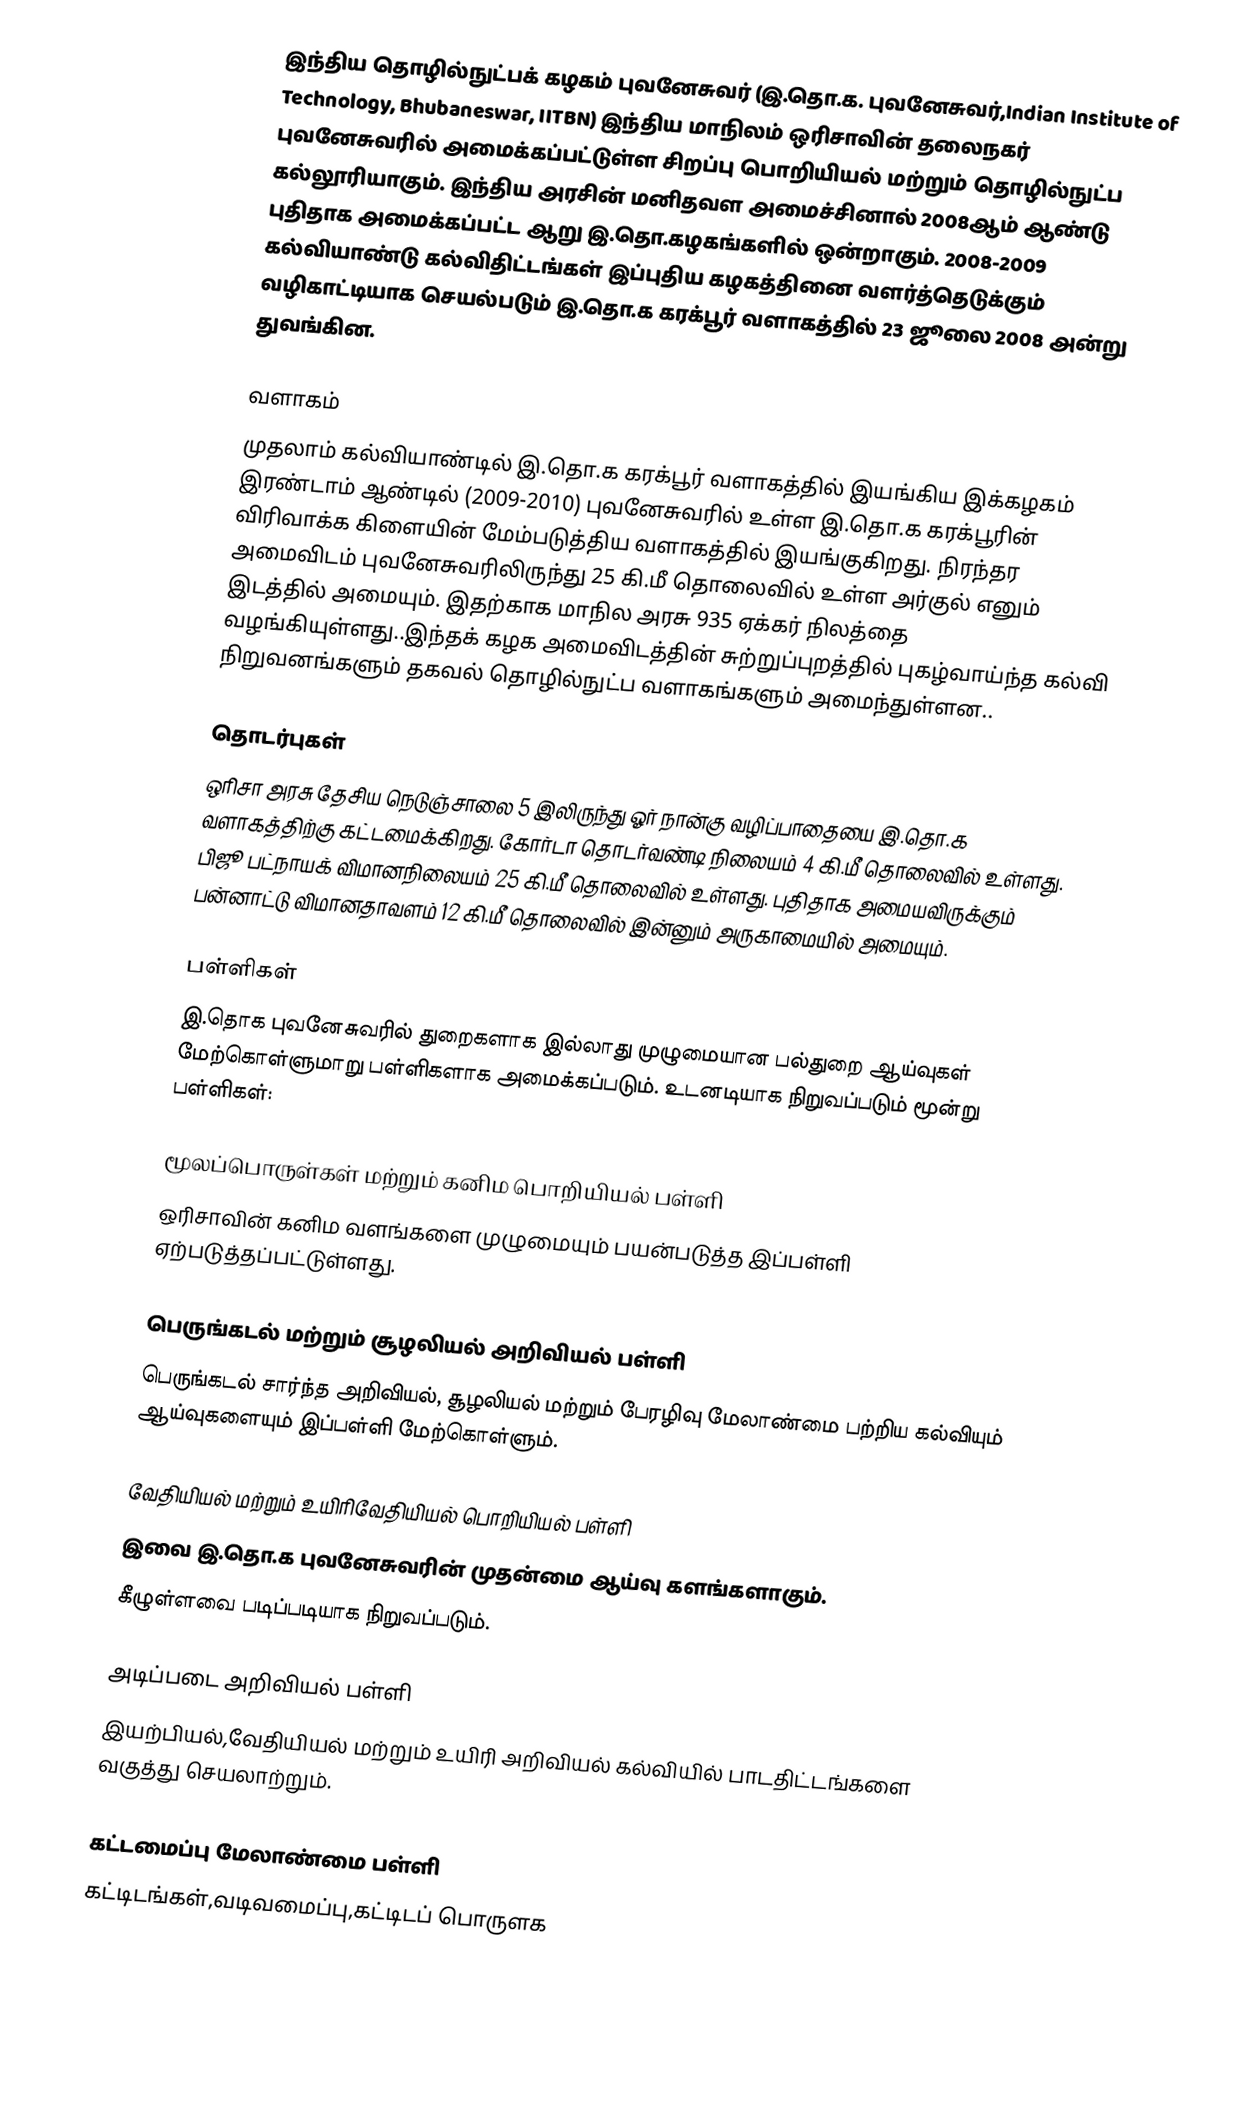
இந்திய தொழில்நுட்பக் கழகம் புவனேசுவர் (இ.தொ.க. புவனேசுவர்,Indian Institute of Technology, Bhubaneswar, IITBN) இந்திய மாநிலம் ஒரிசாவின் தலைநகர் புவனேசுவரில் அமைக்கப்பட்டுள்ள சிறப்பு பொறியியல் மற்றும் தொழில்நுட்ப கல்லூரியாகும். இந்திய அரசின் மனிதவள அமைச்சினால் 2008ஆம் ஆண்டு புதிதாக அமைக்கப்பட்ட ஆறு இ.தொ.கழகங்களில் ஒன்றாகும். 2008-2009 கல்வியாண்டு கல்விதிட்டங்கள் இப்புதிய கழகத்தினை வளர்த்தெடுக்கும் வழிகாட்டியாக செயல்படும் இ.தொ.க கரக்பூர் வளாகத்தில் 23 ஜூலை 2008 அன்று துவங்கின.

வளாகம்
முதலாம் கல்வியாண்டில் இ.தொ.க கரக்பூர் வளாகத்தில் இயங்கிய இக்கழகம் இரண்டாம் ஆண்டில் (2009-2010) புவனேசுவரில் உள்ள இ.தொ.க கரக்பூரின் விரிவாக்க கிளையின் மேம்படுத்திய வளாகத்தில் இயங்குகிறது. நிரந்தர அமைவிடம் புவனேசுவரிலிருந்து 25 கி.மீ தொலைவில் உள்ள அர்குல் எனும் இடத்தில் அமையும். இதற்காக மாநில அரசு 935 ஏக்கர் நிலத்தை வழங்கியுள்ளது..இந்தக் கழக அமைவிடத்தின் சுற்றுப்புறத்தில் புகழ்வாய்ந்த கல்வி நிறுவனங்களும் தகவல் தொழில்நுட்ப வளாகங்களும் அமைந்துள்ளன..

தொடர்புகள்
ஒரிசா அரசு தேசிய நெடுஞ்சாலை 5 இலிருந்து ஓர் நான்கு வழிப்பாதையை இ.தொ.க வளாகத்திற்கு கட்டமைக்கிறது. கோர்டா தொடர்வண்டி நிலையம் 4 கி.மீ தொலைவில் உள்ளது. பிஜூ பட்நாயக் விமானநிலையம் 25 கி.மீ தொலைவில் உள்ளது. புதிதாக அமையவிருக்கும் பன்னாட்டு விமானதாவளம் 12 கி.மீ தொலைவில் இன்னும் அருகாமையில் அமையும்.

பள்ளிகள்
இ.தொக புவனேசுவரில் துறைகளாக இல்லாது முழுமையான பல்துறை ஆய்வுகள் மேற்கொள்ளுமாறு பள்ளிகளாக அமைக்கப்படும். உடனடியாக நிறுவப்படும் மூன்று பள்ளிகள்:

மூலப்பொருள்கள் மற்றும் கனிம பொறியியல் பள்ளி
ஒரிசாவின் கனிம வளங்களை முழுமையும் பயன்படுத்த இப்பள்ளி ஏற்படுத்தப்பட்டுள்ளது.

பெருங்கடல் மற்றும் சூழலியல் அறிவியல் பள்ளி
பெருங்கடல் சார்ந்த அறிவியல், சூழலியல் மற்றும் பேரழிவு மேலாண்மை பற்றிய கல்வியும் ஆய்வுகளையும் இப்பள்ளி மேற்கொள்ளும்.

வேதியியல் மற்றும் உயிரிவேதியியல் பொறியியல் பள்ளி
இவை இ.தொ.க புவனேசுவரின் முதன்மை ஆய்வு களங்களாகும்.
கீழுள்ளவை படிப்படியாக நிறுவப்படும்.

அடிப்படை அறிவியல் பள்ளி
இயற்பியல்,வேதியியல் மற்றும் உயிரி அறிவியல் கல்வியில் பாடதிட்டங்களை வகுத்து செயலாற்றும்.

கட்டமைப்பு மேலாண்மை பள்ளி
கட்டிடங்கள்,வடிவமைப்பு,கட்டிடப் பொருளக